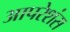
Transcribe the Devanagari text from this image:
आपरेशंस